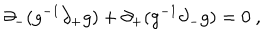
LaTeX: \partial _ { - } ( g ^ { - 1 } \partial _ { + } g ) + \partial _ { + } ( g ^ { - 1 } \partial _ { - } g ) = 0 \ ,